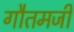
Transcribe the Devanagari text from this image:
गौतमजी